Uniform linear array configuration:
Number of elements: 32
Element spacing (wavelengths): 0.25
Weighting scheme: hann
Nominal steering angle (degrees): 15
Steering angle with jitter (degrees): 16.953
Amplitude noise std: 0.05
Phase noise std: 0.05

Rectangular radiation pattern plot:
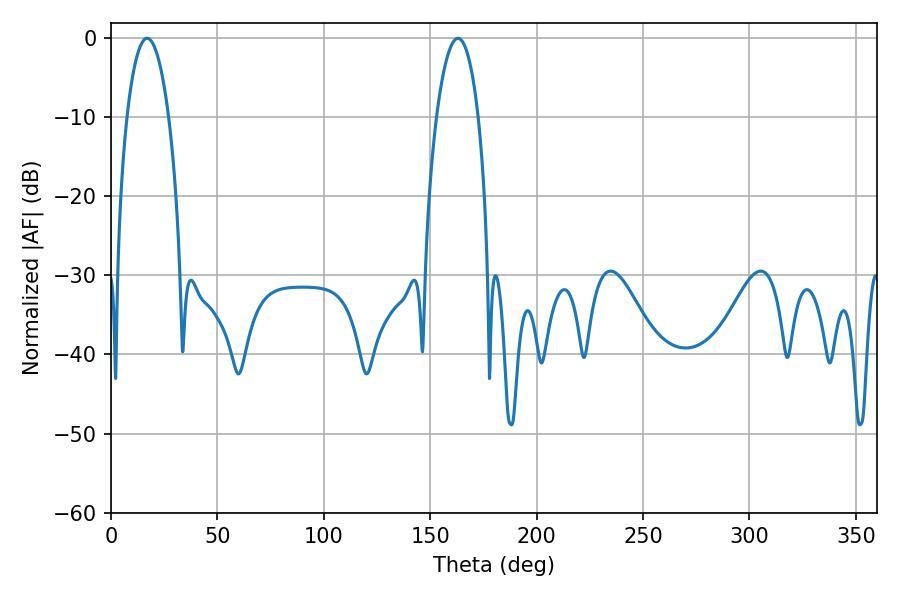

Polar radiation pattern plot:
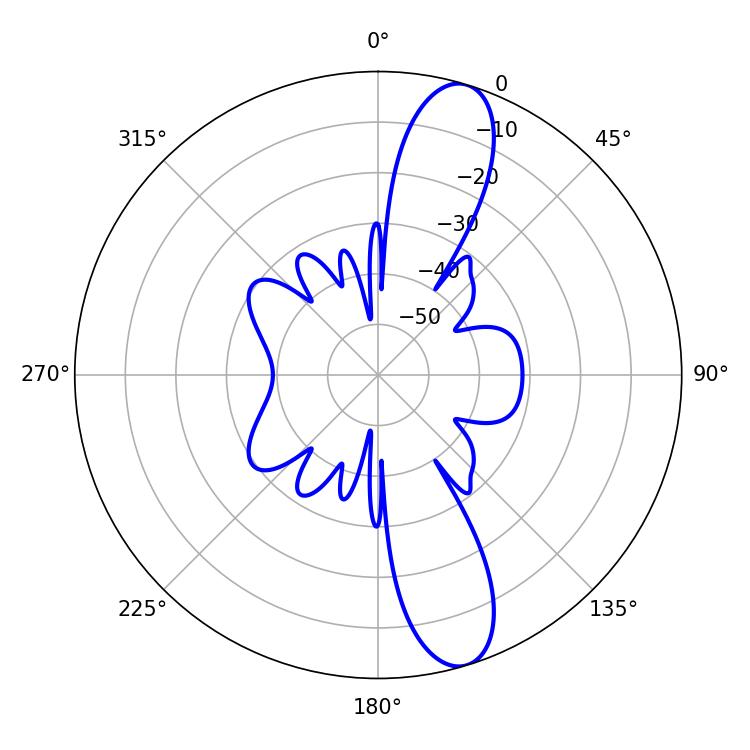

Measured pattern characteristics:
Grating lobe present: FALSE
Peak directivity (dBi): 12.236
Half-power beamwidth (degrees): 10.98
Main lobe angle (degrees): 16.92